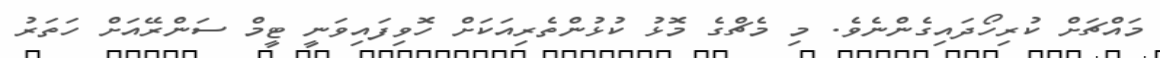
މައްޗަށް ކުރިހޯދައިގެންނެވެ. މި މެޗްގެ މޮޅު ކުޅުންތެރިއަކަށް ހޮވިފައިވަނީ ޓީމް ސަންރޭއަށް ހަތަރު